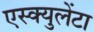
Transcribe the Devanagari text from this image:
एस्क्युलेंटा